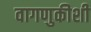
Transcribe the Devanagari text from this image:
वागणुकीशी